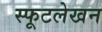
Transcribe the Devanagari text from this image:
स्फूटलेखन